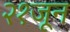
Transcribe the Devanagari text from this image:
२१जून